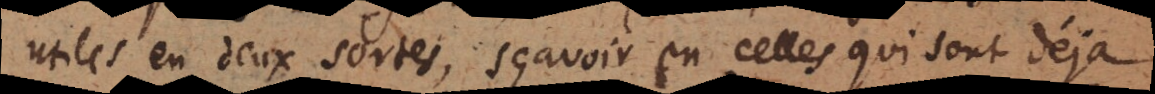
utiles en deux sortes, sçavoir en celles qui sont déjà